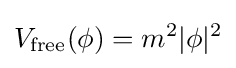
V_{\text{free}}(\phi )=m^{2}|\phi |^{2}